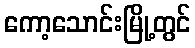
ကော့သောင်းမြို့တွင်